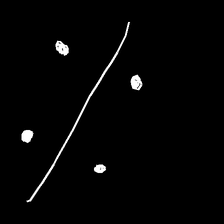
Glyph: cool